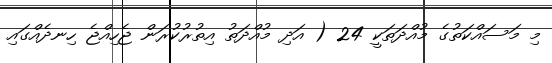
މި މަސައްކަތުގެ މުއްދަތަކީ 24 ( އަދި މުއްދަތު އިތުރުކުރަން ޖެހިއްޖެ ހިނދެއްގައި